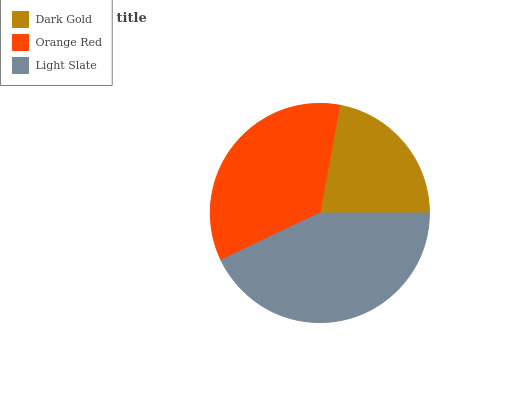
| Dark Gold | Orange Red | Light Slate |
 | --- | --- | --- |
 | 22.1% | 35% | 42.9% |